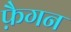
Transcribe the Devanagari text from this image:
फ़ैगन